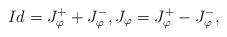
LaTeX: \begin{align*}Id=J_{\varphi}^+ + J_{\varphi}^-, J_{\varphi}=J_{\varphi}^+ - J_{\varphi}^-,\end{align*}